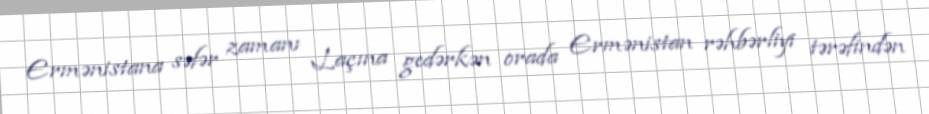
Ermənistana səfər zamanı Laçına gedərkən orada Ermənistan rəhbərliyi tərəfindən